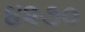
૪૨૭૦